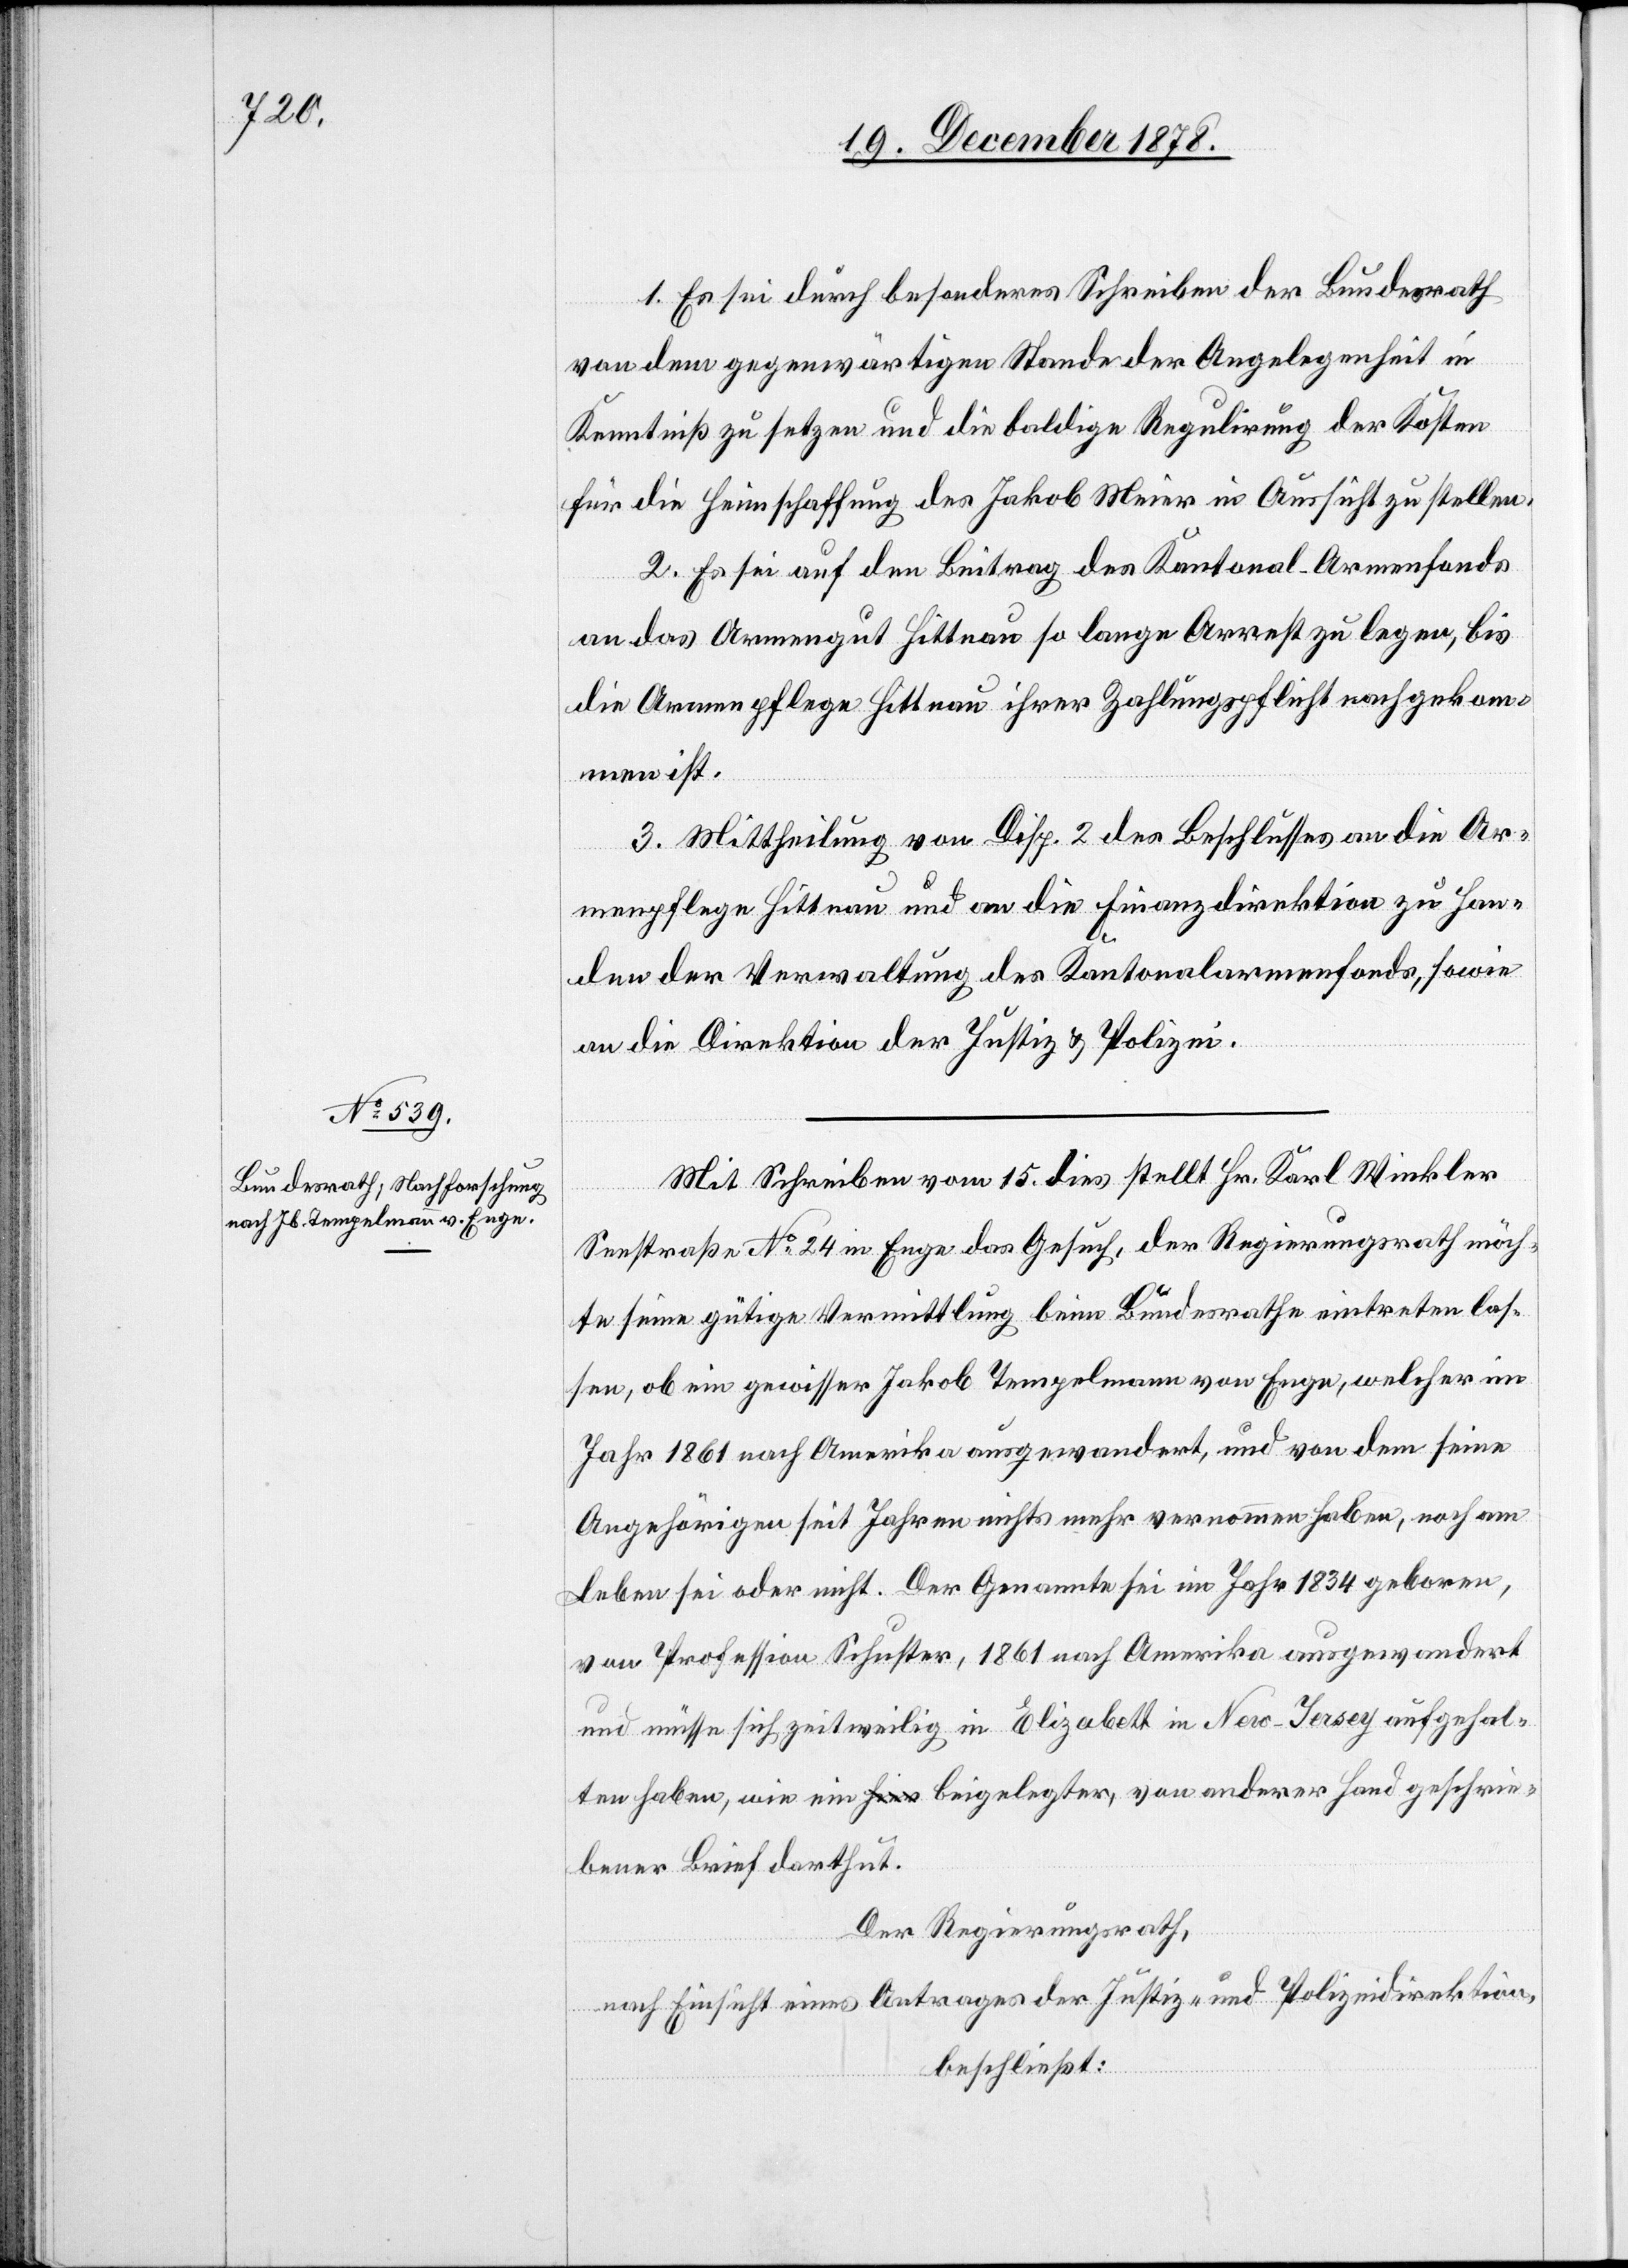
1. Es sei durch besonderes Schreiben der Bundesrath
von dem gegenwärtigen Stande der Angelegenheit in
Kenntniß zu setzen und die baldige Regulirung der Kosten
für die Heimschaffung des Jakob Meier in Aussicht zu stellen.
2. Es sei auf den Beitrag der Kantonal-Armenfonds
an das Armengut Hittnau so lange Arrest zu legen, bis
die Armenpflege Hittnau ihrer Zahlungspflicht nachgekom¬
men ist.
3. Mittheilung von Disp. 2 des Beschlusses an die Ar¬
menpflege Hittnau und an die Finanzdirektion zu Han¬
den der Verwaltung des Kantonalarmenfonds, sowie
an die Direktion der Justiz & Polizei.
Mit Schreiben vom 15. dies stellt Hr. Karl Winkler
Seestraße No 24 in Enge das Gesuch, der Regierungsrath möch¬
te seine gütige Vermittlung beim Bundesrathe eintreten las¬
sen, ob ein gewisser Jakob Tempelmann von Enge, welcher im
Jahr 1861 nach Amerika ausgewandert, und von dem seine
Angehörigen seit Jahren nichts mehr vernommen haben, noch am
Leben sei oder nicht. Der Genannte sei im Jahr 1834 geboren,
von Profession Schuster, 1861 nach Amerika ausgewandert
und müsse sich zeitweilig in Elizabett in New-Jersey aufgehal¬
ten haben, wie ein beigelegter, von anderer Hand geschrie¬
bener Brief darthut.
Der Regierungsrath,
nach Einsicht eines Antrages der Justiz- & Polizeidirektion,
beschließt: